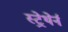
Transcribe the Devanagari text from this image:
स्ट्रेथेर्न